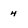
Character: 4